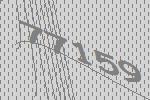
77159